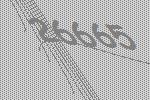
26665